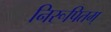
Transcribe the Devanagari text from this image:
निरूपितम्